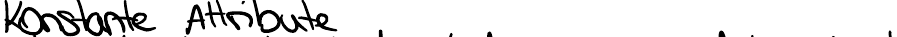
Konstante Attribute